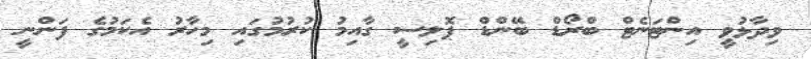
ވިދާޅުވީ އިންޓަނެޓް ބްރޯޑް ބޭންޑް ޕޮލިސީ ގާއިމު ކުރުމުގައި މިހާރު އެކަމުގެ ފަންނީ